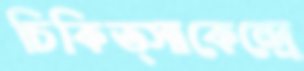
চিকিত্সাকেন্দ্রে